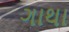
ગાથા